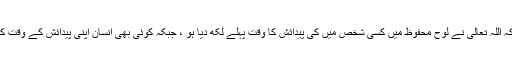
اس کا مطلب یہ ہے کہ اللہ تعالیٰ نے لوح محفوظ میں کسی شخص میں کی پیدائش کا وقت پہلے لکھ دیا ہو ، جبکہ کوئی بھی انسان اپنی پیدائش کے وقت کا تعین نہیں کر سکتا ۔